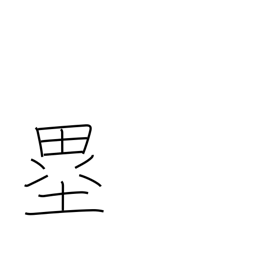
Meaning: bases